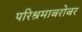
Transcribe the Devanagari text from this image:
परिश्रमाबरोबर